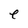
Character: e